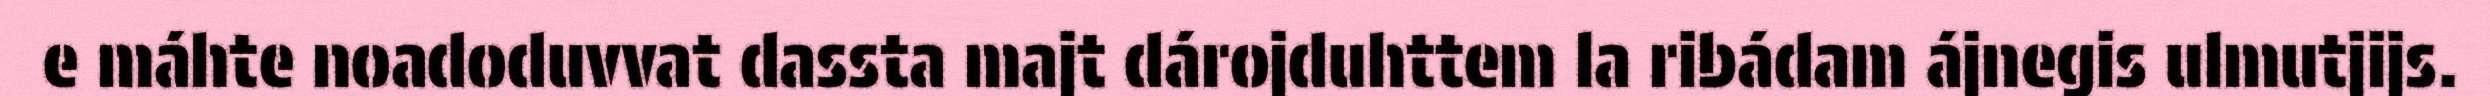
e máhte noadoduvvat dassta majt dárojduhttem la ribádam ájnegis ulmutjijs.